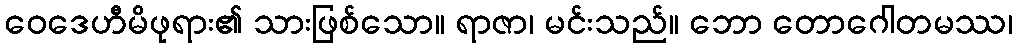
ဝေဒေဟီမိဖုရား၏ သားဖြစ်သော။ ရာဇာ၊ မင်းသည်။ ဘော တောဂေါတမဿ၊